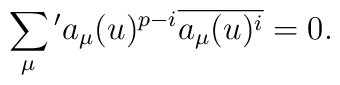
\sum_{\mu}{}'a_{\mu}(u)^{p-i}\overline{a_{\mu}(u)^i}=0 .